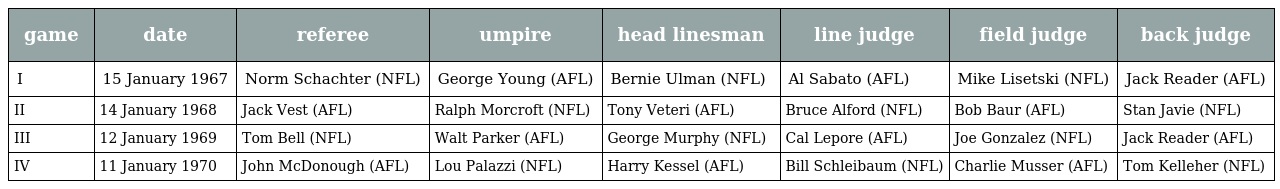
| game | date | referee | umpire | head linesman | line judge | field judge | back judge |
 | --- | --- | --- | --- | --- | --- | --- | --- |
 | I | 15 January 1967 | Norm Schachter (NFL) | George Young (AFL) | Bernie Ulman (NFL) | Al Sabato (AFL) | Mike Lisetski (NFL) | Jack Reader (AFL) |
 | II | 14 January 1968 | Jack Vest (AFL) | Ralph Morcroft (NFL) | Tony Veteri (AFL) | Bruce Alford (NFL) | Bob Baur (AFL) | Stan Javie (NFL) |
 | III | 12 January 1969 | Tom Bell (NFL) | Walt Parker (AFL) | George Murphy (NFL) | Cal Lepore (AFL) | Joe Gonzalez (NFL) | Jack Reader (AFL) |
 | IV | 11 January 1970 | John McDonough (AFL) | Lou Palazzi (NFL) | Harry Kessel (AFL) | Bill Schleibaum (NFL) | Charlie Musser (AFL) | Tom Kelleher (NFL) |